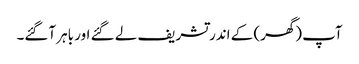
آپ (گھر) کے اندر تشریف لے گئے اور باہر آگئے۔